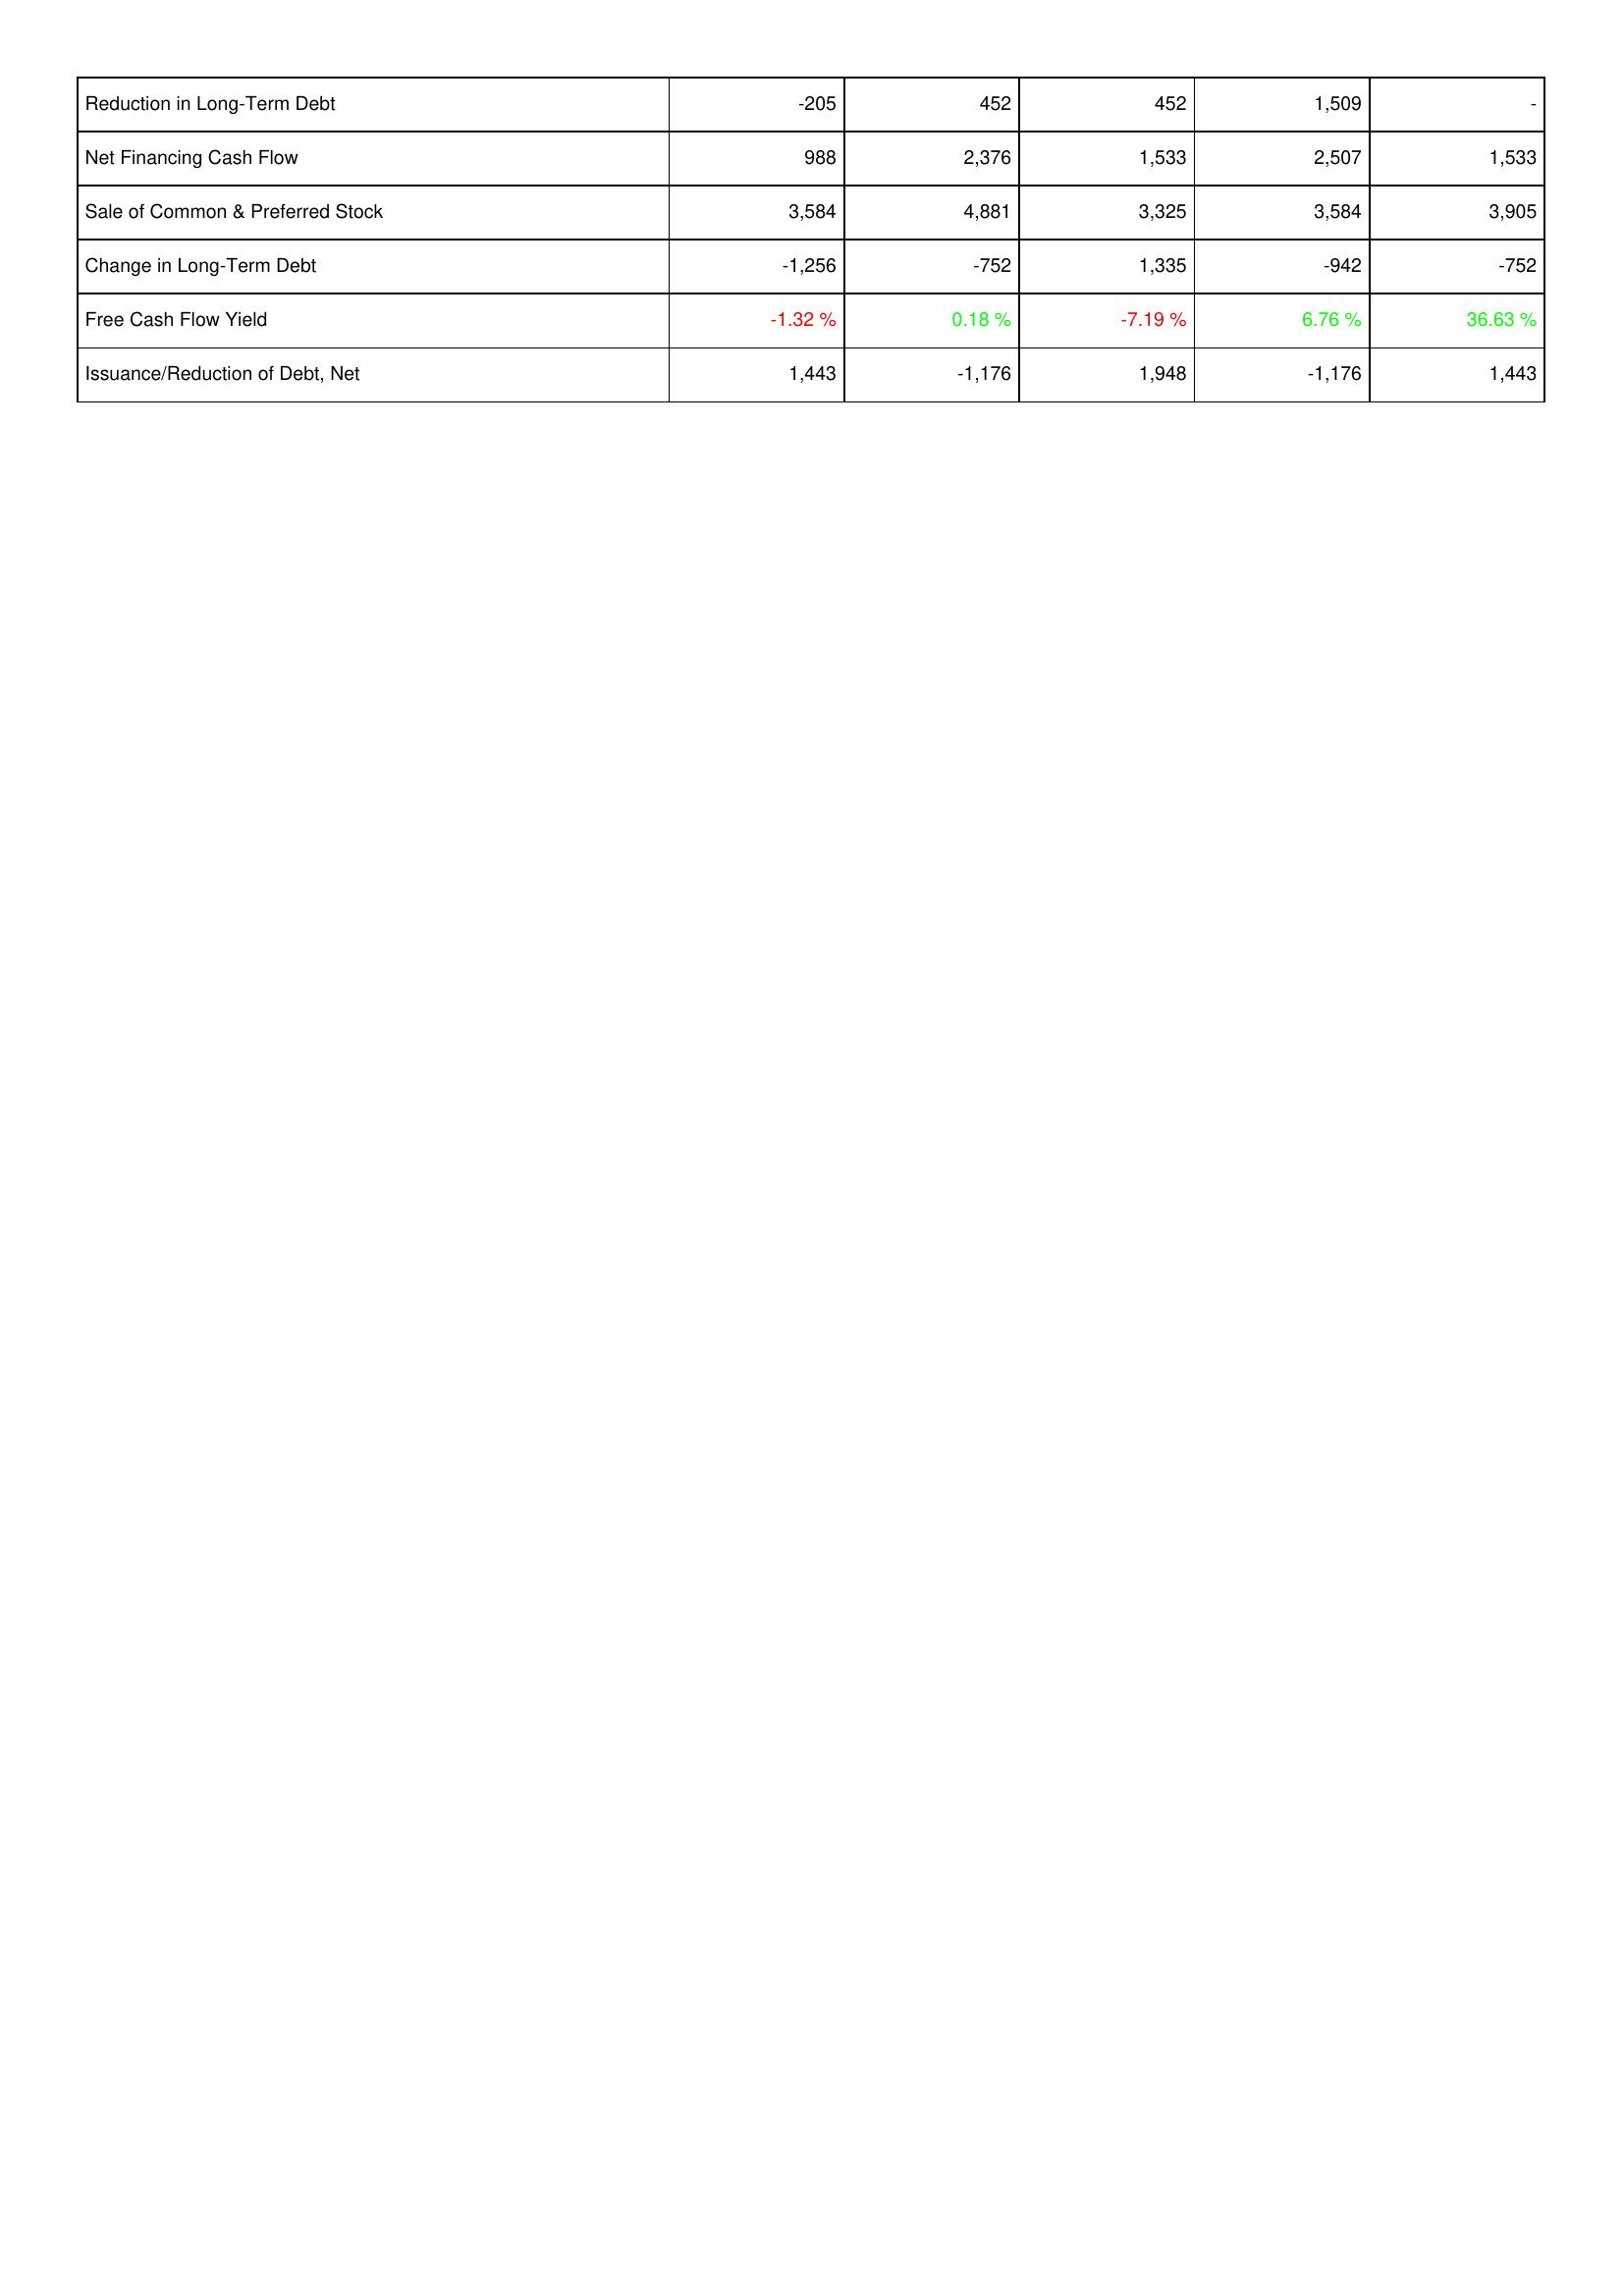
2012: Financing Activities: Reduction in Long-Term Debt: -205
Net Financing Cash Flow: 988
Sale of Common & Preferred Stock: 3,584
Change in Long-Term Debt: -1,256
Free Cash Flow Yield: -1.32 %
Issuance/Reduction of Debt, Net: 1,443
2011: Financing Activities: Reduction in Long-Term Debt: 452
Net Financing Cash Flow: 2,376
Sale of Common & Preferred Stock: 4,881
Change in Long-Term Debt: -752
Free Cash Flow Yield: 0.18 %
Issuance/Reduction of Debt, Net: -1,176
2010: Financing Activities: Reduction in Long-Term Debt: 452
Net Financing Cash Flow: 1,533
Sale of Common & Preferred Stock: 3,325
Change in Long-Term Debt: 1,335
Free Cash Flow Yield: -7.19 %
Issuance/Reduction of Debt, Net: 1,948
2009: Financing Activities: Reduction in Long-Term Debt: 1,509
Net Financing Cash Flow: 2,507
Sale of Common & Preferred Stock: 3,584
Change in Long-Term Debt: -942
Free Cash Flow Yield: 6.76 %
Issuance/Reduction of Debt, Net: -1,176
2008: Financing Activities: Reduction in Long-Term Debt: -
Net Financing Cash Flow: 1,533
Sale of Common & Preferred Stock: 3,905
Change in Long-Term Debt: -752
Free Cash Flow Yield: 36.63 %
Issuance/Reduction of Debt, Net: 1,443